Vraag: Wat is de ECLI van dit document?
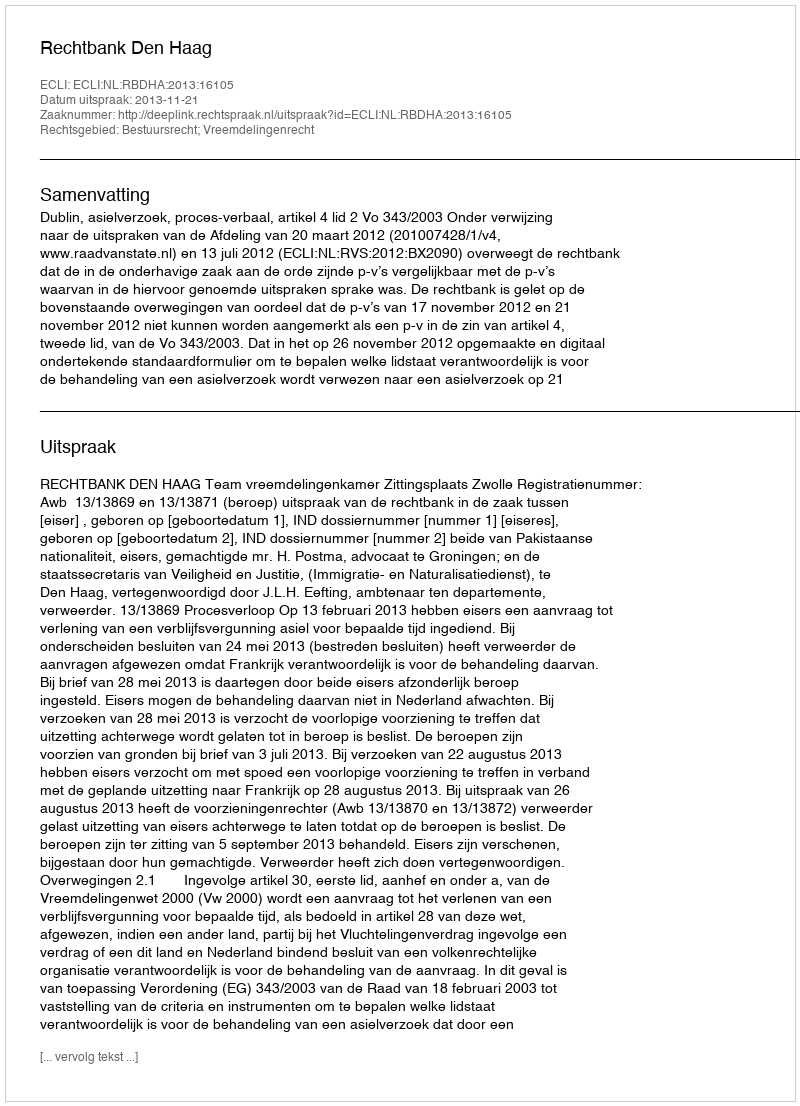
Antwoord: ECLI:NL:RBDHA:2013:16105